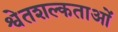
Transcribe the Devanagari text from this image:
श्वेतशल्कताओं